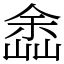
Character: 嵞